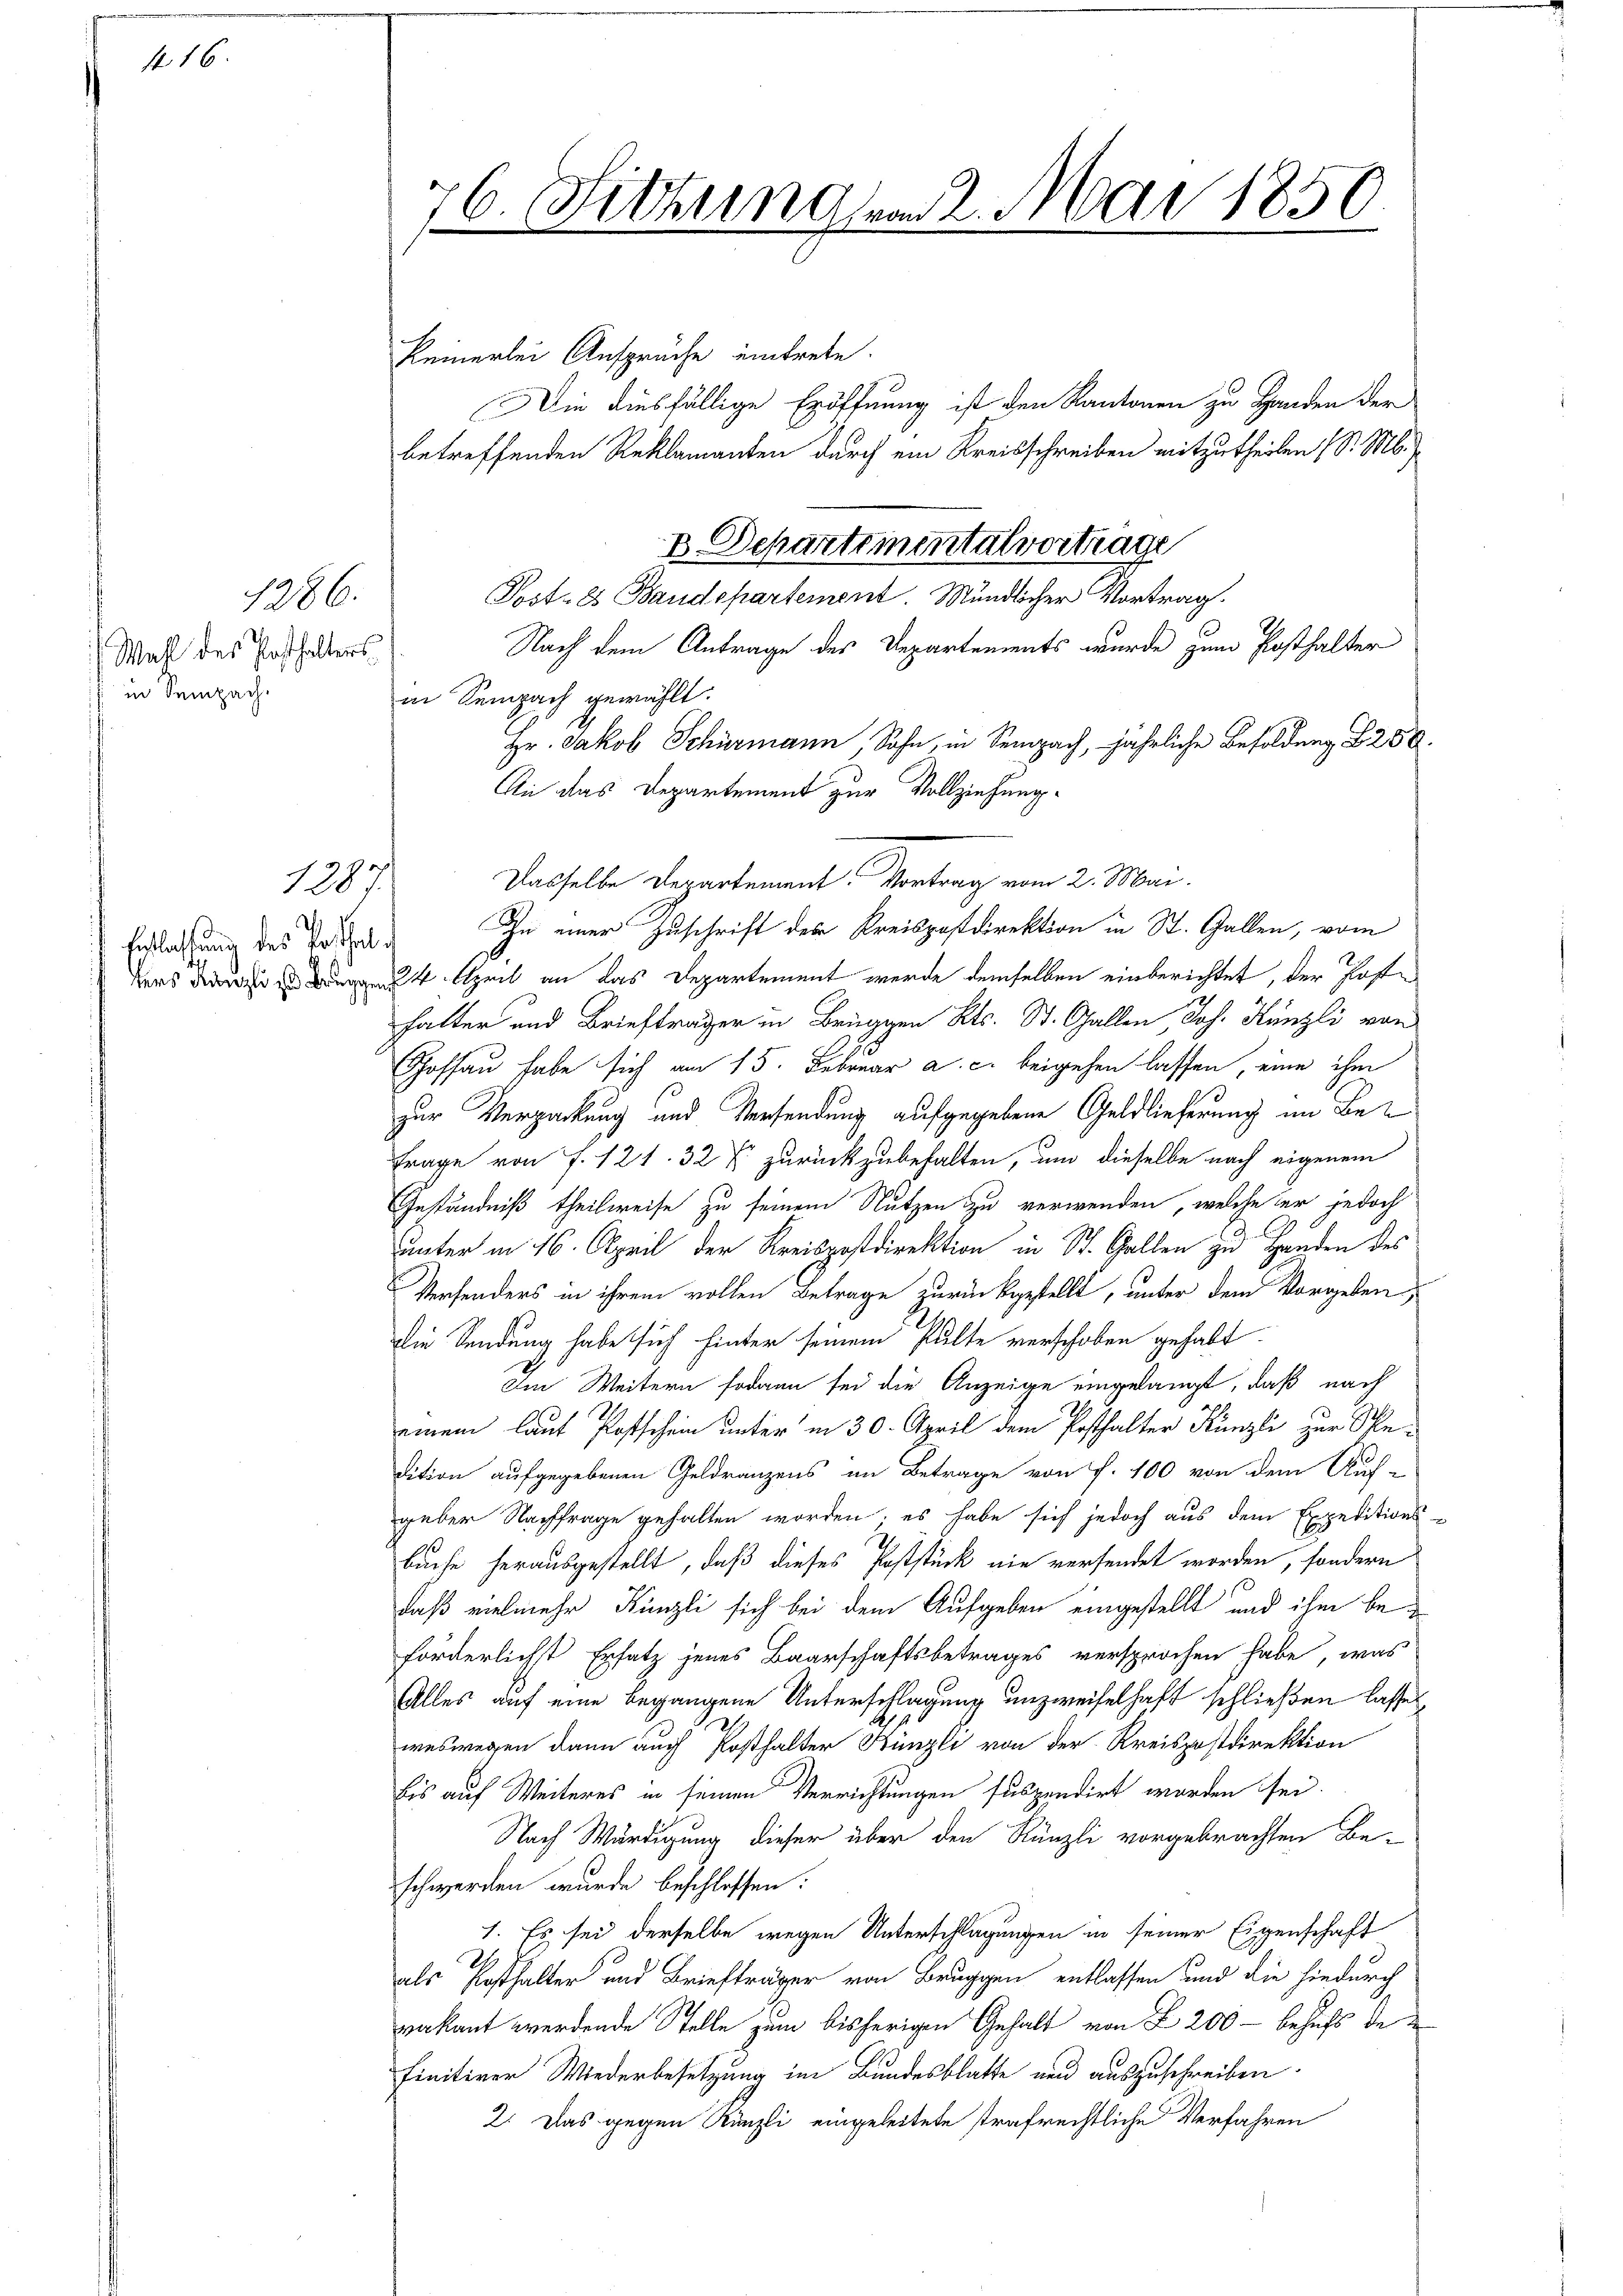
f 16.

Wahl des Posthalters
in Sempach.

1286.

1287

Entlassung des Posthal d

keinerlei Ansprüche eintrete.
Die diesfällige Eröffnung ist den Kantonen zu Handen der
betreffenden Reklamanten durch ein Kreisschreiben mitzutheilen (S. M.
Post-Es Baudepartement. Mündlicher Vortrag.
Nach dem Antrage des Departements wurde zum Posthalter
in Sempach gewählt.
Hr. Jakob Schürmann, Sohn, in Sempach, jährliche Besoldung 288
An das Departement zur Vollziehung.
Dasselbe Departement. Vortrag vom 2. Mai.
Zu einer Zuschrift der Kreispostdirektion in St. Gallen, vom
ders der 4. April an das Departement werde demselben einberichtet, der Posthalter und Brieftrager in Brun Kts. St. Gallen, Joh. Künzli von
Schoffau habe sich am 15. Februar a. c. beigehen lassen, eine ihm
zur Verpackung und Versendung aufgegebene Geldlieferung im Be¬
Frage von f. 121. 32 f zurückzubehalten, um dieselbe nach eigenem
Geständniß theilweise zu seinem Nutzen zu verwenden, welche er jedoch
unter in 16. April der Kreispostdirektion in St. Gallen zu Handen des
Versenders in ihrem vollen Betrage zurückgestellt, unter dem Vorgeben,
die Sendung habe sich hinter seinem Pulte verschoben gehabt.
Im Weitern sodann sei die Anzeige eingelangt, daß nach
einem laut Postschein unter in 30. April dem Posthalter Künzli zur Spedition aufgegebenen Geldranzens im Betrage von f. 100 von dem Auf-
geber Nachfrage gehalten worden, es habe sich jedoch aus dem Expeditions-
buche herausgestellt, daß dieses Poststück nie versendet worden, sondern
daß vielmehr Künzli sich bei dem Aufgeben eingestellt und ihm beförderlicht Ersatz jenes Baarschaftsbetrages versprochen habe, was
Alles auf eine begangene Unterschlagung unzweifelhaft schließen lassen
weswegen dann auch Posthalter Künzli von der Kreispostdirektion
bis auf Weiteres in seinen Verrichtungen suspendirt worden sei.
Nach Würdigung dieser über den Rünzli vorgebrachten Beschwerden wurde beschlossen:
1. Es sei derselbe wegen Unterschlagungen in seiner Eigenschaft
als Posthalter und Briefträger von Bruggen entlassen und die hiedurch
vakant werdende Stelle zum bisherigen Gehalt von L 200 - behufs de
finitiver Wiederbesetzung im Bundesblatte nun auszuschreiben.
2. Das gegen Künzli eingeleitete strafrechtliche Verfahren

16 Nithurnalem 2. Mai 1850.
1
e

2 Departementalvertrage